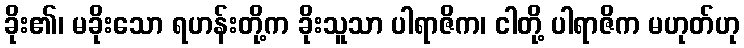
ခိုး၏၊ မခိုးသော ရဟန်းတို့က ခိုးသူသာ ပါရာဇိက၊ ငါတို့ ပါရာဇိက မဟုတ်ဟု